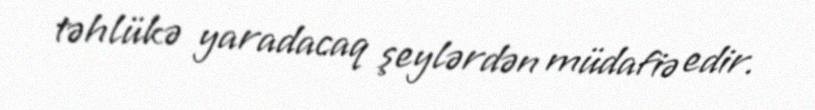
təhlükə yaradacaq şeylərdən müdafiə edir.